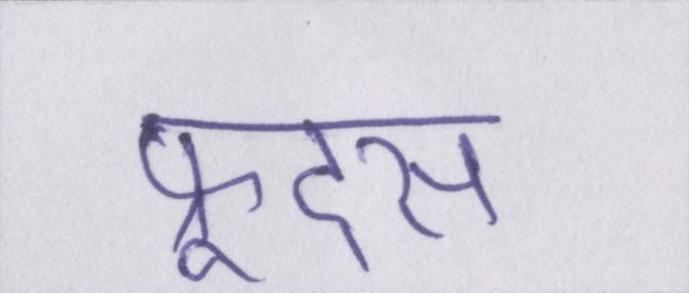
फ्रूट्स